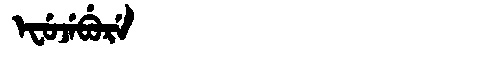
Manchu: ᡝᠸᡠᠵᡝᠪᡠᡵᡝ
Romanization: EFUJEBURE